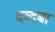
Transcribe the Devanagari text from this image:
दब्दबा